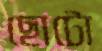
ছোটো